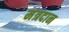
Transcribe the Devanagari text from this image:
मंत्रदान